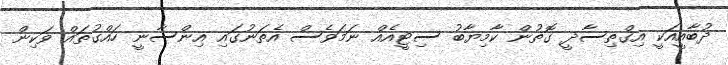
ދުބާއީއަކީ އިގްތިސާދީ ގޮތުން ކާމިޔާބު ސިޓީއެއް ނަމަވެސް އެތަނުގައި އިންސާނީ ހައްގުތައް ވަކިން